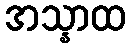
အသ္နာထ